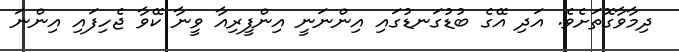
ދިމާވާގޮތަށެވެ. އަދި އޭގެ ބުޑުގަނޑުގައި އިންނަނީ އިންފީރިއާ ވީނާ ކޭވާ ޖެހިފައި އިންނަ